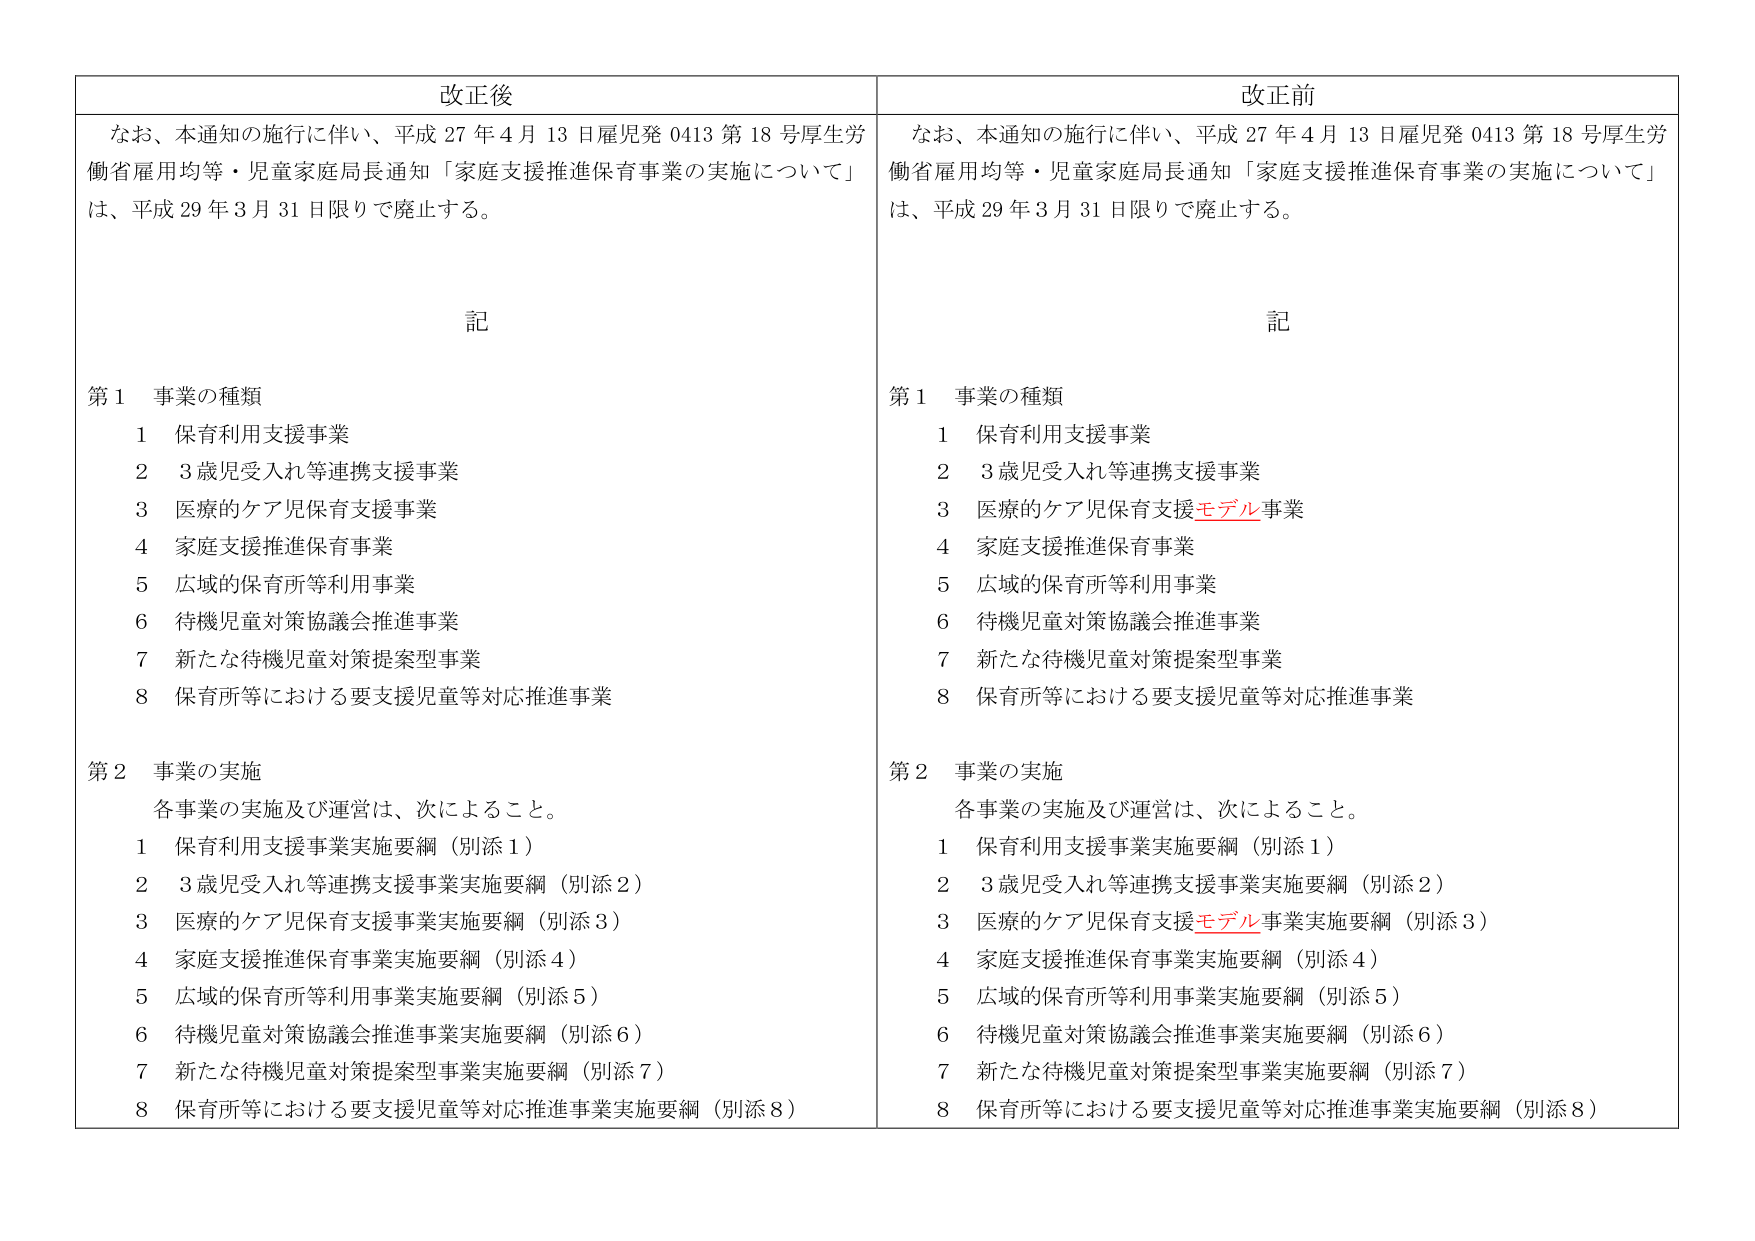
改正後
なお、本通知の施行に伴い、平成27年4月13日雇児発0413第18号厚生労働省雇用均等・児童家庭局長通知「家庭支援推進保育事業の実施について」は、平成29年3月31日限りで廃止する。

記
第1 事業の種類
1 保育利用支援事業
2 3歳児受入れ等連携支援事業
3 医療的ケア児保育支援事業
4 家庭支援推進保育事業
5 広域の保育所等利用事業
6 待機児童対策協議会推進事業
7 新たな待機児童対策提案型事業
8 保育所等における要支援児童等対応推進事業

第2 事業の実施
各事業の実施及び運営は、次によること。
1 保育利用支援事業実施要綱（別添1）
2 3歳児受入れ等連携支援事業実施要綱（別添2）
3 医療的ケア児保育支援事業実施要綱（別添3）
4 家庭支援推進保育事業実施要綱（別添4）
5 広域の保育所等利用事業実施要綱（別添5）
6 待機児童対策協議会推進事業実施要綱（別添6）
7 新たな待機児童対策提案型事業実施要綱（別添7）
8 保育所等における要支援児童等対応推進事業実施要綱（別添8）

改正前
なお、本通知の施行に伴い、平成27年4月13日雇児発0413第18号厚生労働省雇用均等・児童家庭局長通知「家庭支援推進保育事業の実施について」は、平成29年3月31日限りで廃止する。

記
第1 事業の種類
1 保育利用支援事業
2 3歳児受入れ等連携支援事業
3 医療的ケア児保育支援モデル事業
4 家庭支援推進保育事業
5 広域の保育所等利用事業
6 待機児童対策協議会推進事業
7 新たな待機児童対策提案型事業
8 保育所等における要支援児童等対応推進事業

第2 事業の実施
各事業の実施及び運営は、次によること。
1 保育利用支援事業実施要綱（別添1）
2 3歳児受入れ等連携支援事業実施要綱（別添2）
3 医療的ケア児保育支援モデル事業実施要綱（別添3）
4 家庭支援推進保育事業実施要綱（別添4）
5 広域の保育所等利用事業実施要綱（別添5）
6 待機児童対策協議会推進事業実施要綱（別添6）
7 新たな待機児童対策提案型事業実施要綱（別添7）
8 保育所等における要支援児童等対応推進事業実施要綱（別添8）